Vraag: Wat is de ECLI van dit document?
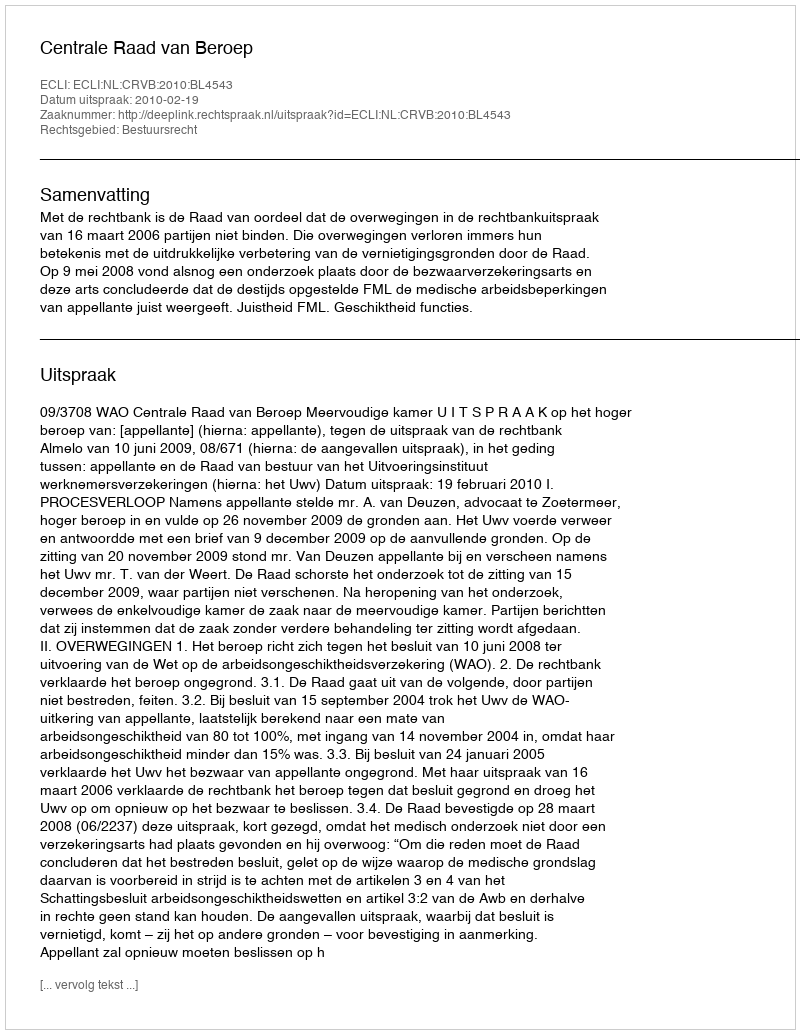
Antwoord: ECLI:NL:CRVB:2010:BL4543